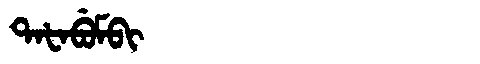
Manchu: ᡨᠠᡶᠠᠪᡠᠮᠪᡳ
Romanization: TAFABUMBI